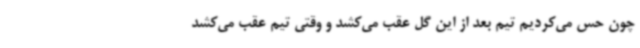
چون حس می‌کردیم تیم بعد از این گل عقب می‌کشد و وقتی تیم عقب می‌کشد